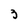
Character: 3